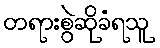
တရားစွဲဆိုခံရသူ